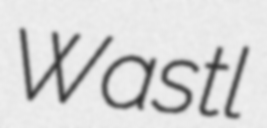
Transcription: Wastl